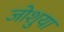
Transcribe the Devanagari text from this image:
जोशुया